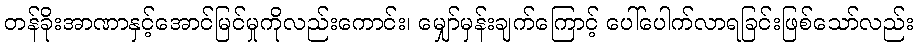
တန်ခိုးအာဏာနှင့်အောင်မြင်မှုကိုလည်းကောင်း၊ မျှော်မှန်းချက်ကြောင့် ပေါ်ပေါက်လာရခြင်းဖြစ်သော်လည်း